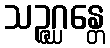
သဉ္ဇဂ္ဃန္တေ